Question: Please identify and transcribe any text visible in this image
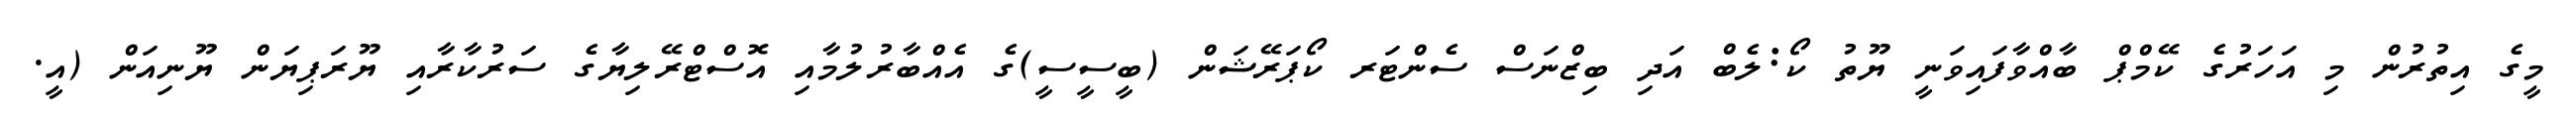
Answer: މީގެ އިތުރުން މި އަހަރުގެ ކޭމްޕް ބާއްވާފައިވަނީ ޔޫތު ކޯ:ލެބް އަދި ބިޒްނަސް ސެންޓަރ ކޯޕަރޭޝަން (ބީސީސީ)ގެ އެއްބާރުލުމާއި އޮސްޓްރޭލިޔާގެ ސަރުކާރާއި ޔޫރަޕިޔަން ޔޫނިއަން (އީ.